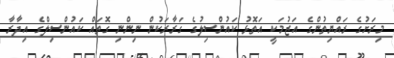
މިރަށުގެ ރައްޔިތުންގެ އަޒުމަކީ އަތޮޅު ކައުންސިލުގެ ގަރާރަކުން ނިންނި ގޮތައް ކައުންސިލްގެ އިދާރާ